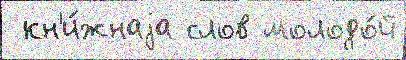
 кн'и́жнаjа слов молодо́й